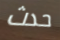
حدث